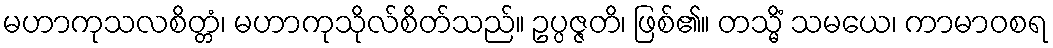
မဟာကုသလစိတ္တံ၊ မဟာကုသိုလ်စိတ်သည်။ ဥပ္ပဇ္ဇတိ၊ ဖြစ်၏။ တသ္မိံ သမယေ၊ ကာမာဝစရ